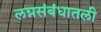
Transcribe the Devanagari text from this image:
लग्नसंबंधातली